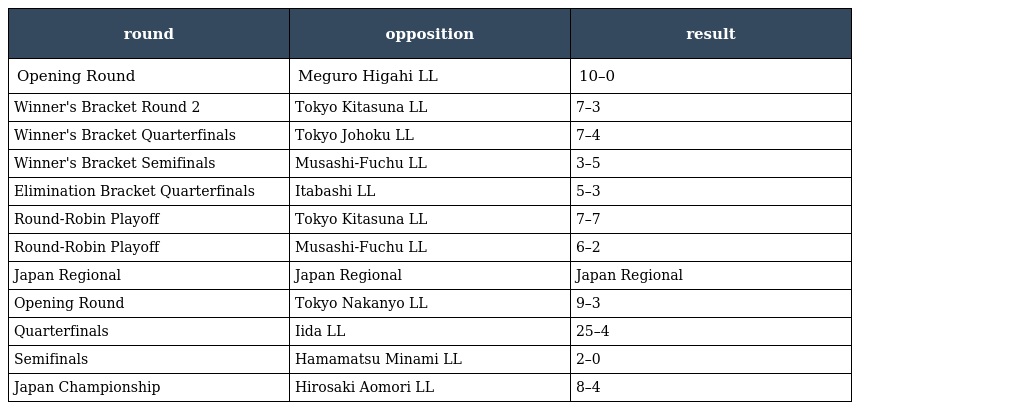
| round | opposition | result |
 | --- | --- | --- |
 | Opening Round | Meguro Higahi LL | 10–0 |
 | Winner's Bracket Round 2 | Tokyo Kitasuna LL | 7–3 |
 | Winner's Bracket Quarterfinals | Tokyo Johoku LL | 7–4 |
 | Winner's Bracket Semifinals | Musashi-Fuchu LL | 3–5 |
 | Elimination Bracket Quarterfinals | Itabashi LL | 5–3 |
 | Round-Robin Playoff | Tokyo Kitasuna LL | 7–7 |
 | Round-Robin Playoff | Musashi-Fuchu LL | 6–2 |
 | Japan Regional | Japan Regional | Japan Regional |
 | Opening Round | Tokyo Nakanyo LL | 9–3 |
 | Quarterfinals | Iida LL | 25–4 |
 | Semifinals | Hamamatsu Minami LL | 2–0 |
 | Japan Championship | Hirosaki Aomori LL | 8–4 |